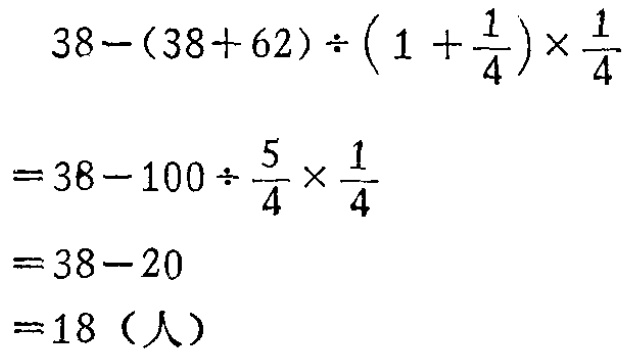
\[

\begin{align*}

&38-(38 + 62)\div\left(1+\frac{1}{4}\right)\times\frac{1}{4}\\

=&38 - 100\div\frac{5}{4}\times\frac{1}{4}\\

=&38 - 100\div\frac{5}{4}\times\frac{1}{4}\\

=&38 - 20\\

=&18（人）

\end{align*}

\]